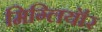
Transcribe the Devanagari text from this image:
मिग्लियॉर